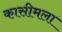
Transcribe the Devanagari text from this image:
कासीमला